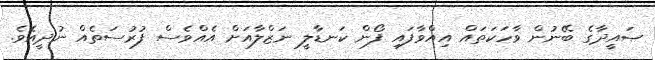
ޞައީދާގެ ބޭނުން ވާހަކަތައް އިއްވާފައި ފޯން ކަނޑާލީ ނަޒްލާއަށް އެއްވެސް ފުރުސަތެއް ނުދީއެވެ.